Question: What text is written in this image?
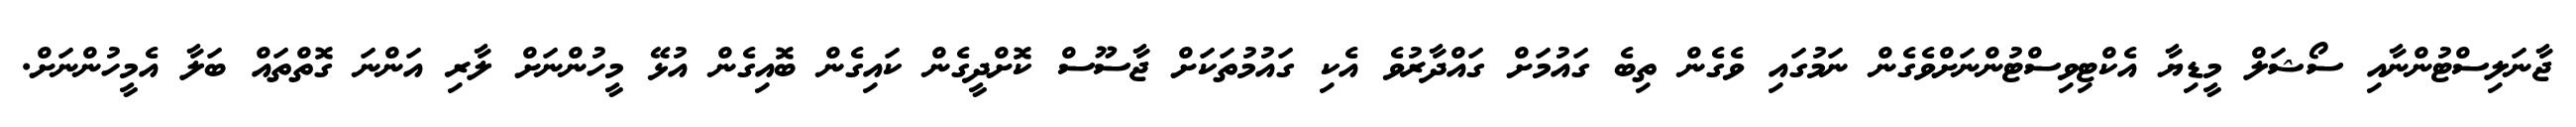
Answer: ޖާނަލިސްޓުންނާއި ސޯޝަލް މީޑިޔާ އެކްޓިވިސްޓުންނަށްވެގެން ނަމުގައި ވެގެން ތިބެ ގައުމަށް ގައްދާރުވެ އެކި ގައުމުތަކަށް ޖާސޫސް ކޮށްދީގެން ކައިގެން ބޮއިގެން އުޅޭ މީހުންނަށް ލާރި އަންނަ ގޮތްތައް ބަލާ އެމީހުންނަށް.